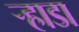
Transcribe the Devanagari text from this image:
र्‍हाडा